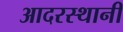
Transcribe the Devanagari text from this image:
आदरस्थानी